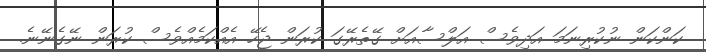
ކަންކަން ނުކުރިނަމަ އަދިވެސް އަލްސާއަށް ގޭތެރޭގަ ކުރަން ޖެހޭ އެއްކަމެއްވެސް ކުރަން ނޭގެނޭނެ.